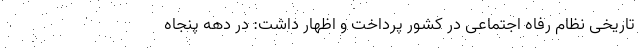
تاریخی نظام رفاه اجتماعی در کشور پرداخت و اظهار داشت: در دهه پنجاه